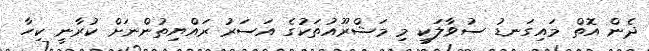
ދެން އޮތް މައިގަނޑު ސުވާލަކީ މި މަޝްރޫއުތަކުގެ އަސަރު ރައްޔިތުންނަށް ކުރާނީ ކިހާ